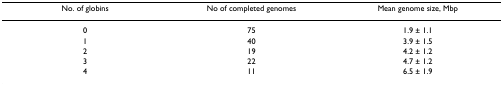
<table><thead><tr><td><b>No. of globins</b></td><td><b>No of completed genomes</b></td><td><b>Mean genome size, Mbp</b></td></tr></thead><tbody><tr><td>0</td><td>75</td><td>1.9 ± 1.1</td></tr><tr><td>1</td><td>40</td><td>3.9 ± 1.5</td></tr><tr><td>2</td><td>19</td><td>4.2 ± 1.2</td></tr><tr><td>3</td><td>22</td><td>4.7 ± 1.2</td></tr><tr><td>4</td><td>11</td><td>6.5 ± 1.9</td></tr></tbody></table>